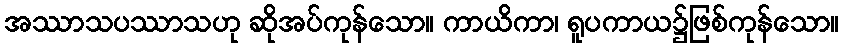
အဿာသပဿာသဟု ဆိုအပ်ကုန်သော။ ကာယိကာ၊ ရူပကာယ၌ဖြစ်ကုန်သော။